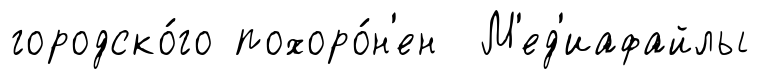
городско́го похоро́н'ен М'ед'иафайлы